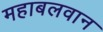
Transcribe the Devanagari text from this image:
महाबलवान